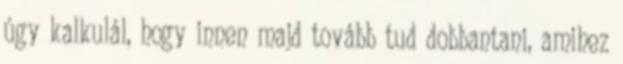
úgy kalkulál, hogy innen majd tovább tud dobbantani, amihez